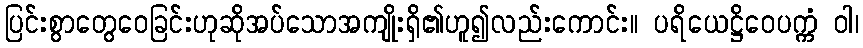
ပြင်းစွာတွေဝေခြင်းဟုဆိုအပ်သောအကျိုးရှိ၏ဟူ၍လည်းကောင်း။ ပရိယေဋ္ဌိဝေပက္ကံ ဝါ၊